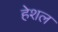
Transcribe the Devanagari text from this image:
हेशल